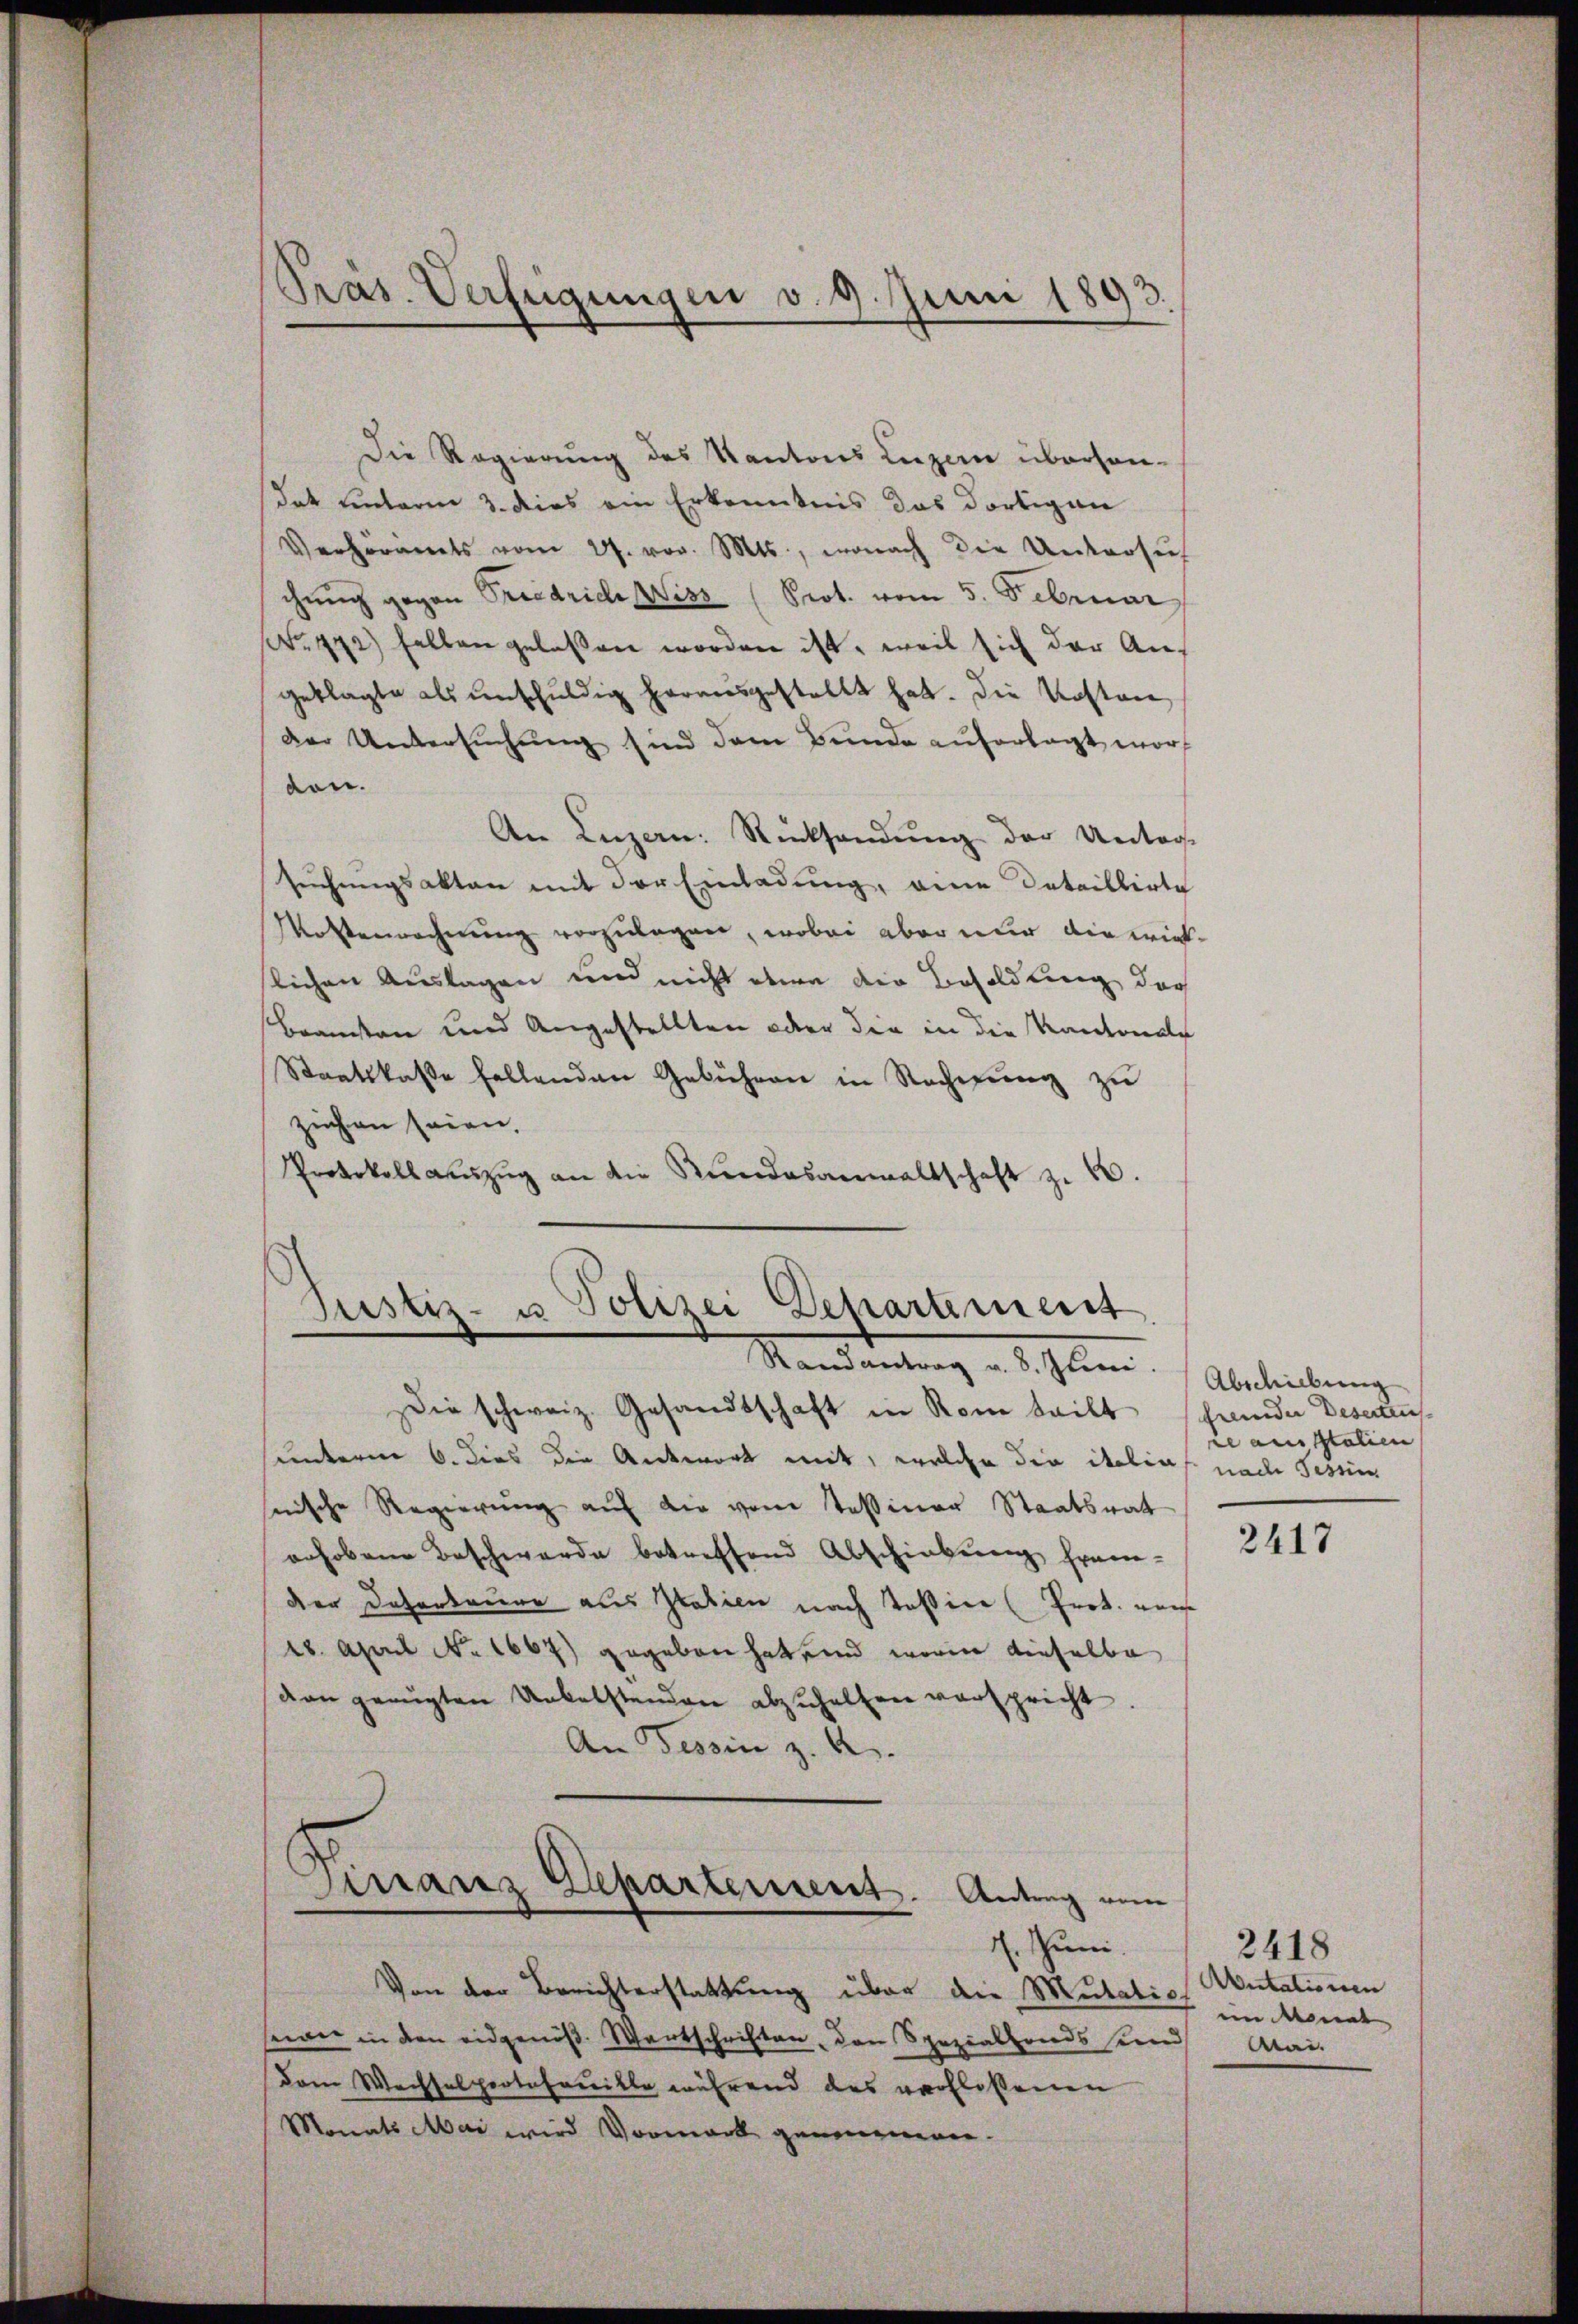
Die Regierung des Kantons Luzern überhandat unterm 3. dies ein Erkenntnis das dortigen
Verhöramts vom 27. vor. Mts., wonach die Untersuch
chŭng gegen Friedrich Wiss (Prot. vom 5. Februar
Nr. 492) selben gelassen worden ist, weil sich der Auf
geklagte als unschuldig herausgestellt hat. Die Kosten
der Untersuchung sind dem Bunde auferlegt wordon.
An Luzern: Rücksendŭng der Unter-
suchungsakten mit der Einladung, eine Detaillirte
Mostenrechnung vorzulegen, wobei aber nur die wirkslichen Auslagen und nicht etwa die Besoldung der
Bransten und Angestellten oder die in die Kantonale
Staatskasse fallenden Gebühren in Rechnŭng zŭ
ziehen seien.
Protokoll anzŭg an die Rŭndesanwaltschaft z. 10.

Präs. Verfügungen v. 9. Juni 1893.

Die schweiz. Gesandtschaft in Rome teilt schwinde Desertes
unterm 6. dies die Antwort mit, welche die italias nach Tessin
snische Regierung auf die vom Tessiner Staatsrat
erhobene Beschwerde betreffend Abschiebung frem-
der Daherbaure aus Italien nach Teßin (Prok. nach
28. April No 1667) gegeben hat und worin dieselbe
von gerügten Uebelstenden abzŭhalten verspricht.
An Tessin z. B.

Justiz- u Polizei Departement
Randantrag v. 8. Jun. Abschiebung

Finanz Departement. Antrag von

7. Juni.
Von der Berichterstattung über die Mutation Mutationen
seeger in den eidgenöß. Wartschriften, den Spezialfonds sind Mai-
Dem Wechselprotofouille während das verflossenen
Monats Mai wird Vormark genommen.

re aus Italien

2417

2418
ein Monat